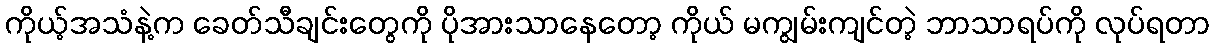
ကိုယ့်အသံနဲ့က ခေတ်သီချင်းတွေကို ပိုအားသာနေတော့ ကိုယ် မကျွမ်းကျင်တဲ့ ဘာသာရပ်ကို လုပ်ရတာ